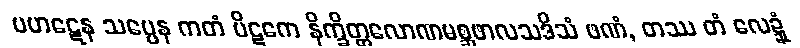
ပဟဋေန သပ္ပေန ကတံ ပိဋကေ နိက္ခိတ္တလောဏမစ္ဆဖာလသဒိသံ ဖဏံ, တဿ တံ လေဍ္ဍုံ